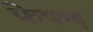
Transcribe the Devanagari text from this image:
फेफड़